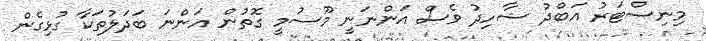
މިނިސްޓަރު އަބްދު ޝާހިދު ވެސް އަންނަނީ މޫސުމީ ގޮތުން އަންނަ ބަދަލުތަކާ ގުޅިގެން